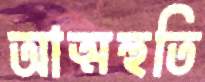
আত্মহুতি